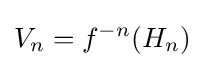
V_{n}=f^{-n}(H_{n})